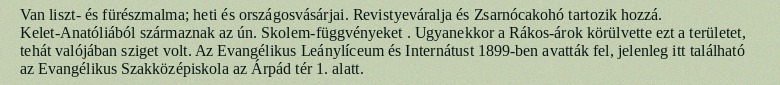
Van liszt- és fürészmalma; heti és országosvásárjai. Revistyeváralja és Zsarnócakohó tartozik hozzá. Kelet-Anatóliából származnak az ún. Skolem-függvényeket . Ugyanekkor a Rákos-árok körülvette ezt a területet, tehát valójában sziget volt. Az Evangélikus Leánylíceum és Internátust 1899-ben avatták fel, jelenleg itt található az Evangélikus Szakközépiskola az Árpád tér 1. alatt.